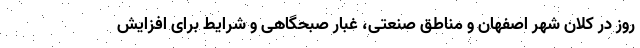
روز در کلان شهر اصفهان و مناطق صنعتی، غبار صبحگاهی و شرایط برای افزایش